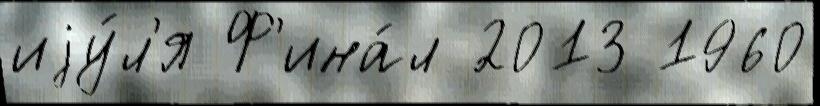
иjу́л'я Ф'ина́л 2013 1960